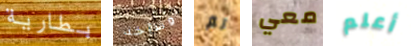
بطارية وسآخذ لم معي أعلم